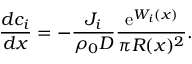
\frac { d c _ { i } } { d x } = - \frac { J _ { i } } { \rho _ { 0 } D } \frac { \mathrm { e } ^ { W _ { i } ( x ) } } { \pi R ( x ) ^ { 2 } } .